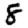
Digit: 8